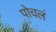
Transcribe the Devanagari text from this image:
पोचलं